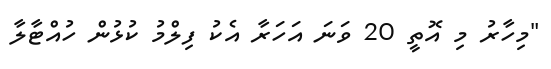
"މިހާރު މި އޮތީ 20 ވަނަ އަހަރާ އެކު ފިލްމު ކުޅުން ހުއްޓާލާ